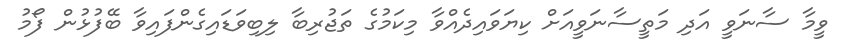
ވީމާ ސާނަވީ އަދި މަތީސާނަވީއަށް ކިޔަވައިދެއްވާ މިކަމުގެ ތަޖުރިބާ ލިބިވަޑައިގެންފައިވާ ބޭފުޅުން ފޯމު